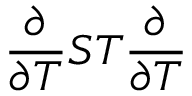
\frac { \partial } { \partial T } S T \frac { \partial } { \partial T }